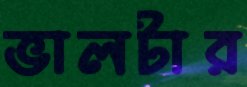
ভালটার